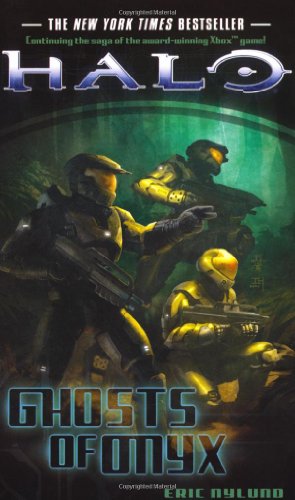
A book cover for Halo Boxed Set; Various Various Authors; Literature & Fiction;